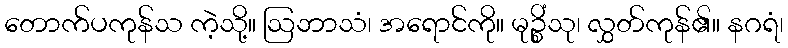
တောက်ပကုန်သ ကဲ့သို့။ ဩဘာသံ၊ အရောင်ကို။ မုဉ္စိံသု၊ လွှတ်ကုန်၏။ နဂရံ၊